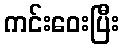
ကင်းဝေးပြီး